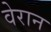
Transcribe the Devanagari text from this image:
वेरान